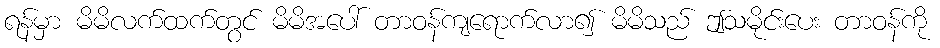
ရန်မှာ မိမိလက်ထက်တွင် မိမိအပေါ် တာဝန်ကျရောက်လာ၍ မိမိသည် ဤသမိုင်းပေး တာဝန်ကို